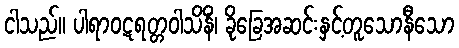
ငါသည်။ ပါရာဝဋရတ္တဝါသိနိံ၊ ခိုခြေအဆင်းနှင့်တူသောနီသော